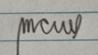
Signature authenticity: genuine